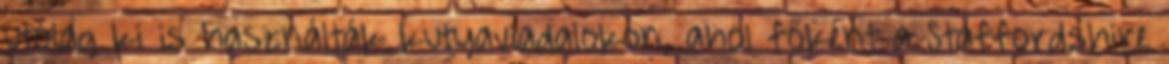
utólag ki is használták kutyaviadalokon, ahol főként a Staffordshire